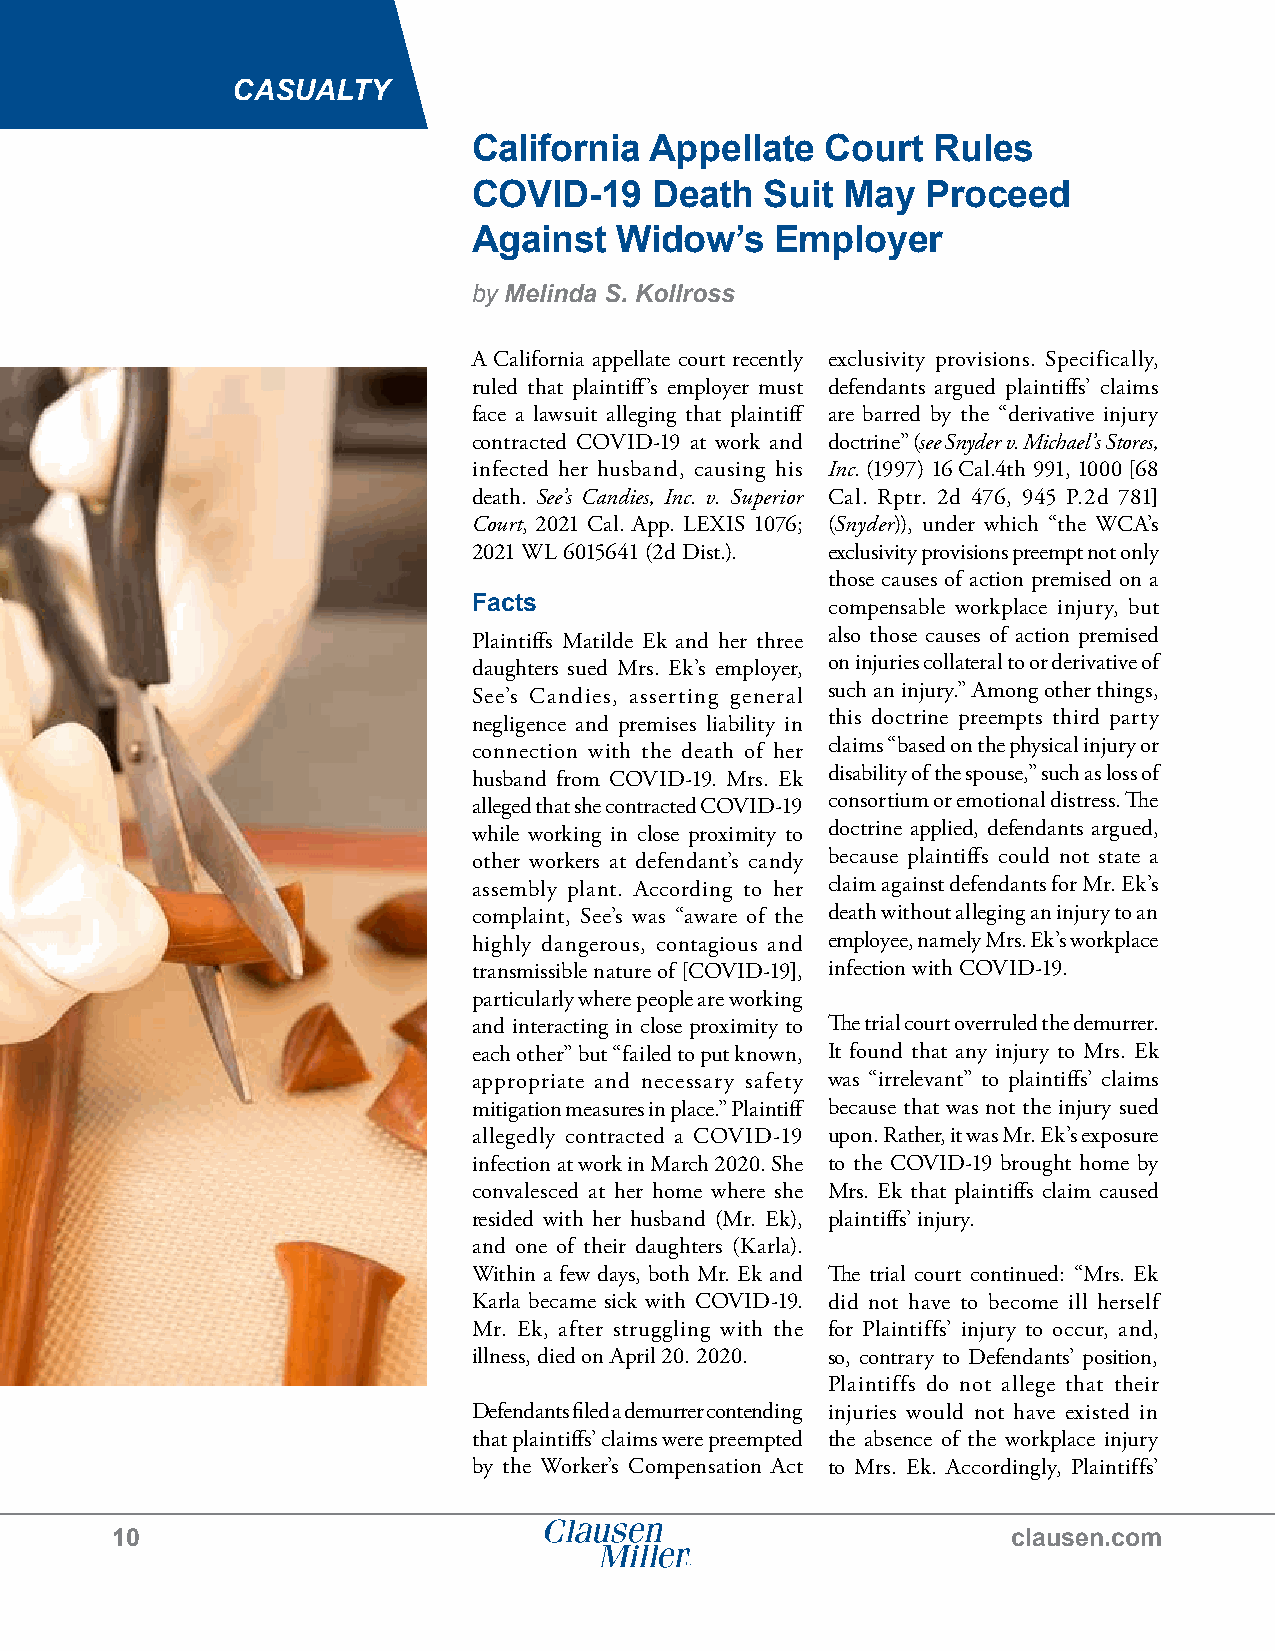
CASUALTY
 California  Appellate   Court  Rules
 COVID-19    Death   Suit May  Proceed
 Against   Widow’s   Employer
 by Melinda S. Kollross
 A California appellate court recently exclusivity provisions. Specifically,
 ruled that plaintiff’s employer must defendants argued plaintiffs’ claims
 face a lawsuit alleging that plaintiff are barred by the “derivative injury
 contracted COVID-19 at work and doctrine” (see Snyder v. Michael’s Stores,
 infected her husband, causing his Inc. (1997) 16 Cal.4th 991, 1000 [68
 death. See’s Candies, Inc. v. Superior Cal. Rptr. 2d 476, 945 P.2d 781]
 Court, 2021 Cal. App. LEXIS 1076; (Snyder)), under which “the WCA’s
 2021 WL 6015641 (2d Dist.). exclusivity provisions preempt not only
 those causes of action premised on a
 Facts                   compensable workplace injury, but
 also those causes of action premised
 Plaintiffs Matilde Ek and her three
 on injuries collateral to or derivative of
 daughters sued Mrs. Ek’s employer,
 such an injury.” Among other things,
 See’s Candies, asserting general
 this doctrine preempts third party
 negligence and premises liability in
 claims “based on the physical injury or
 connection with the death of her
 husband from COVID-19. Mrs. Ek disability of the spouse,” such as loss of
 alleged that she contracted COVID-19 consortium or emotional distress. The
 while working in close proximity to doctrine applied, defendants argued,
 other workers at defendant’s candy because plaintiffs could not state a
 assembly plant. According to her claim against defendants for Mr. Ek’s
 complaint, See’s was “aware of the death without alleging an injury to an
 highly dangerous, contagious and employee, namely Mrs. Ek’s workplace
 transmissible nature of [COVID-19], infection with COVID-19.
 particularly where people are working
 and interacting in close proximity to The trial court overruled the demurrer.
 each other” but “failed to put known, It found that any injury to Mrs. Ek
 appropriate and necessary safety was “irrelevant” to plaintiffs’ claims
 mitigation measures in place.” Plaintiff because that was not the injury sued
 allegedly contracted a COVID-19 upon. Rather, it was Mr. Ek’s exposure
 infection at work in March 2020. She to the COVID-19 brought home by
 convalesced at her home where she Mrs. Ek that plaintiffs claim caused
 resided with her husband (Mr. Ek), plaintiffs’ injury.
 and one of their daughters (Karla).
 Within a few days, both Mr. Ek and The trial court continued: “Mrs. Ek
 Karla became sick with COVID-19. did not have to become ill herself
 Mr. Ek, after struggling with the for Plaintiffs’ injury to occur, and,
 illness, died on April 20. 2020. so, contrary to Defendants’ position,
 Plaintiffs do not allege that their
 Defendants filed a demurrer contending injuries would not have existed in
 that plaintiffs’ claims were preempted the absence of the workplace injury
 by the Worker’s Compensation Act to Mrs. Ek. Accordingly, Plaintiffs’
 10                                                          clausen.com